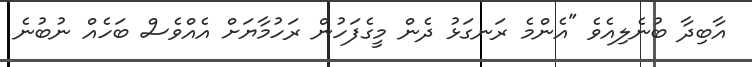
އާބިދާ ބުނެލިއެވެ "އެންމެ ރަނގަޅު ދެން މީގެފަހުން ރަހުމާޔަށް އެއްވެސް ބަހެއް ނުބުނެ